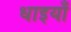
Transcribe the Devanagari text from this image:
धाइयाँ